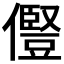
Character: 𠐊